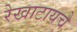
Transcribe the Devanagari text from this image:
रेखाटायचे